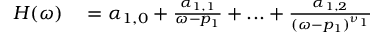
\begin{array} { r } { \begin{array} { r l } { H ( \omega ) } & { { } = \alpha _ { 1 , 0 } + \frac { \alpha _ { 1 , 1 } } { \omega - p _ { 1 } } + . . . + \frac { \alpha _ { 1 , 2 } } { ( \omega - p _ { 1 } ) ^ { \nu _ { 1 } } } } \end{array} } \end{array}